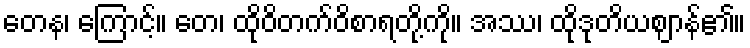
တေန၊ ကြောင့်။ တေ၊ ထိုဝိတက်ဝိစာရတို့ကို။ အဿ၊ ထိုဒုတိယဈာန်၏။